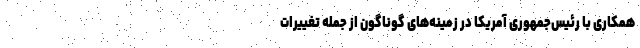
همکاری با رئیس‌جمهوری آمریکا در زمینه‌های گوناگون از جمله تغییرات